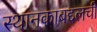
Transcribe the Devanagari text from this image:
स्थानकाबद्दलची